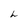
Character: h